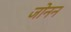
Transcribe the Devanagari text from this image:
जोनन